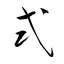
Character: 式